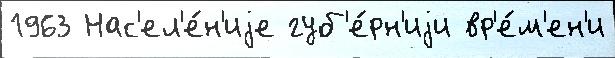
1963 Нас'ел'е́н'иjе губ'е́рн'иjи вр'е́м'ен'и